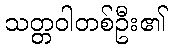
သတ္တဝါတစ်ဦး၏